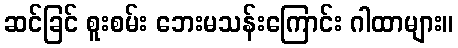
ဆင်ခြင် စူးစမ်း ဘေးမသန်းကြောင်း ဂါထာများ။